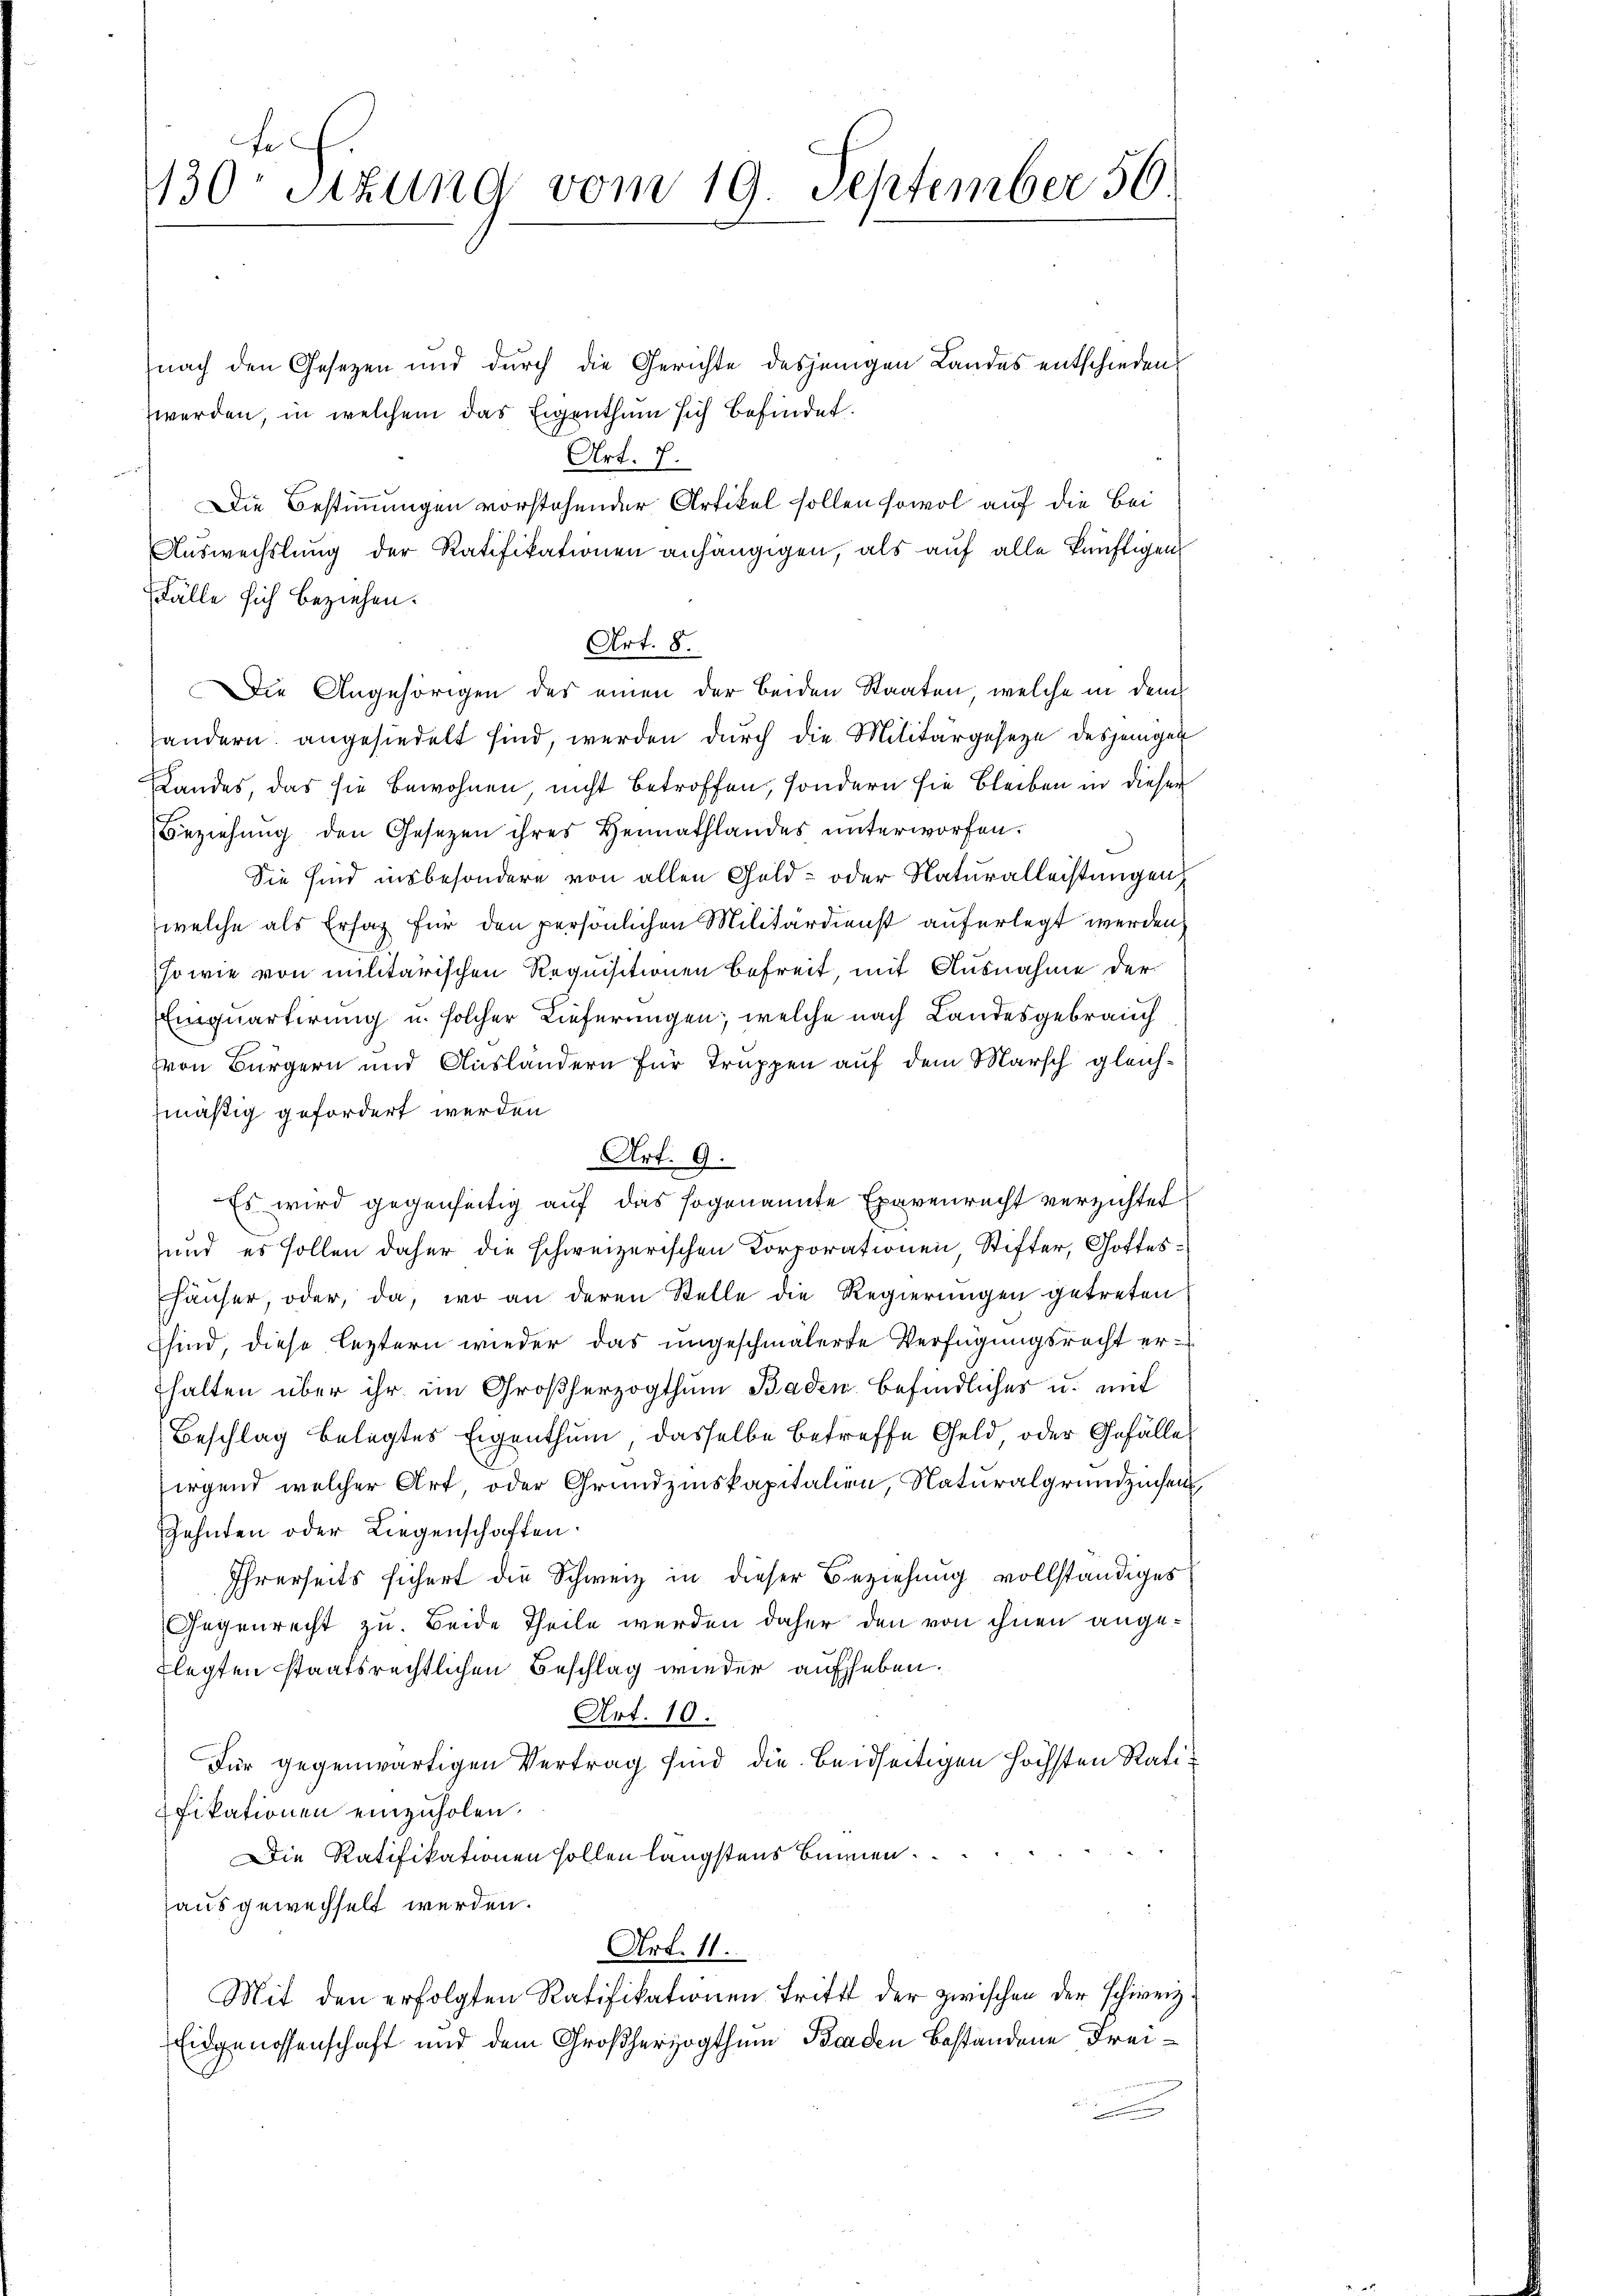
1130 Sitzung vom 19. September 56

nach den Gesezen und durch die Gerichte desjenigen Landes entschieden
werden, in welchem das Eigenthum sich befindet.
Art. 7.
Die Bestimmungen vorstehender Artikel sollen sowol auf die Bei
Auswechslung der Ratifikationen anhängigen, als auf alle künftigen
ffälle sich beziehen.
Art. 8.
Die Angehörigen des einen der beiden Staaten, welche in dem
handern angesiedelt sind, werden durch die Militärgesetze desjenigen
Landes, das sie bewohnen nicht betroffen, sondern sie bleiben in dieser
Beziehung den Gesezen ihres Heimathlandes unterworfen.
Sie sind insbesondere von allen Geld- oder Naturalleistungen,
welche als Ersatz für den persönlichen Militärdienst auferlegt werden,
sowie von militärischen Requisitionen befreit mit Ausnahme der
Einquartirung u. solcher Lieferungen; welche nach Landesgebrauch
von Bürgern und Ausländern für Truppen auf dem Marsch gleichmäßig gefordert werden
Art. 9.
Es wird gegenseitig auf das sogenannte Exavenrecht verzichtet
und es sollen daher die schweizerischen Korporationen Stifter, Gotteshäuser oder, da, wo an deren Stelle die Regierungen getreten
Esind, diese leztern wieder das ungeschmälerte Verfügungsrecht erhalten über ihr im Großherzogthum Baden befindliches u. mit
Beschlag belegtes Eigenthum, dasselbe betreffe Geld, oder Gefälle
irgend welcher Art, oder Grundzinskapitalien, Naturalgrundzuhen,
Zehnten oder Liegenschaften.
Ihrerseits sichert die Schweiz in dieser Beziehung vollständiges
Gegenrecht zu. Beide Theile werden daher den von ihnen angeflegten staatsrechtlichen Beschlag wieder aufheben.
Art. 10.
Für gegenwärtigen Vertrag sind die beidseitigen höchsten Ratifikationen einzuholen.
Die Ratifikationen sollen längstens binnen.
aus gewechselt werden.
Art. 11.
Mit den erfolgten Ratifikationen Tritt der zwischen der schweiz.
Eidgenossenschaft und dem Großherzogthum Baaden bestandene Frei¬
u